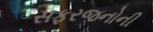
સફરજનોની